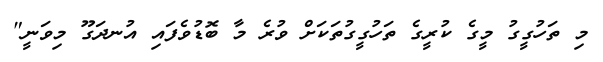
މި ތަހުގީގު މީގެ ކުރީގެ ތަހުގީގުތަކަށް ވުރެ މާ ބޮޑުވެފައި އުނދަގޫ މިވަނީ"